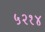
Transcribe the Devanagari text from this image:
५२१४